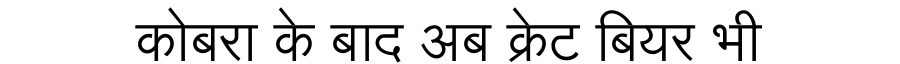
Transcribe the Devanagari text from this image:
कोबरा के बाद अब क्रेट बियर भी